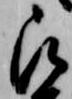
被